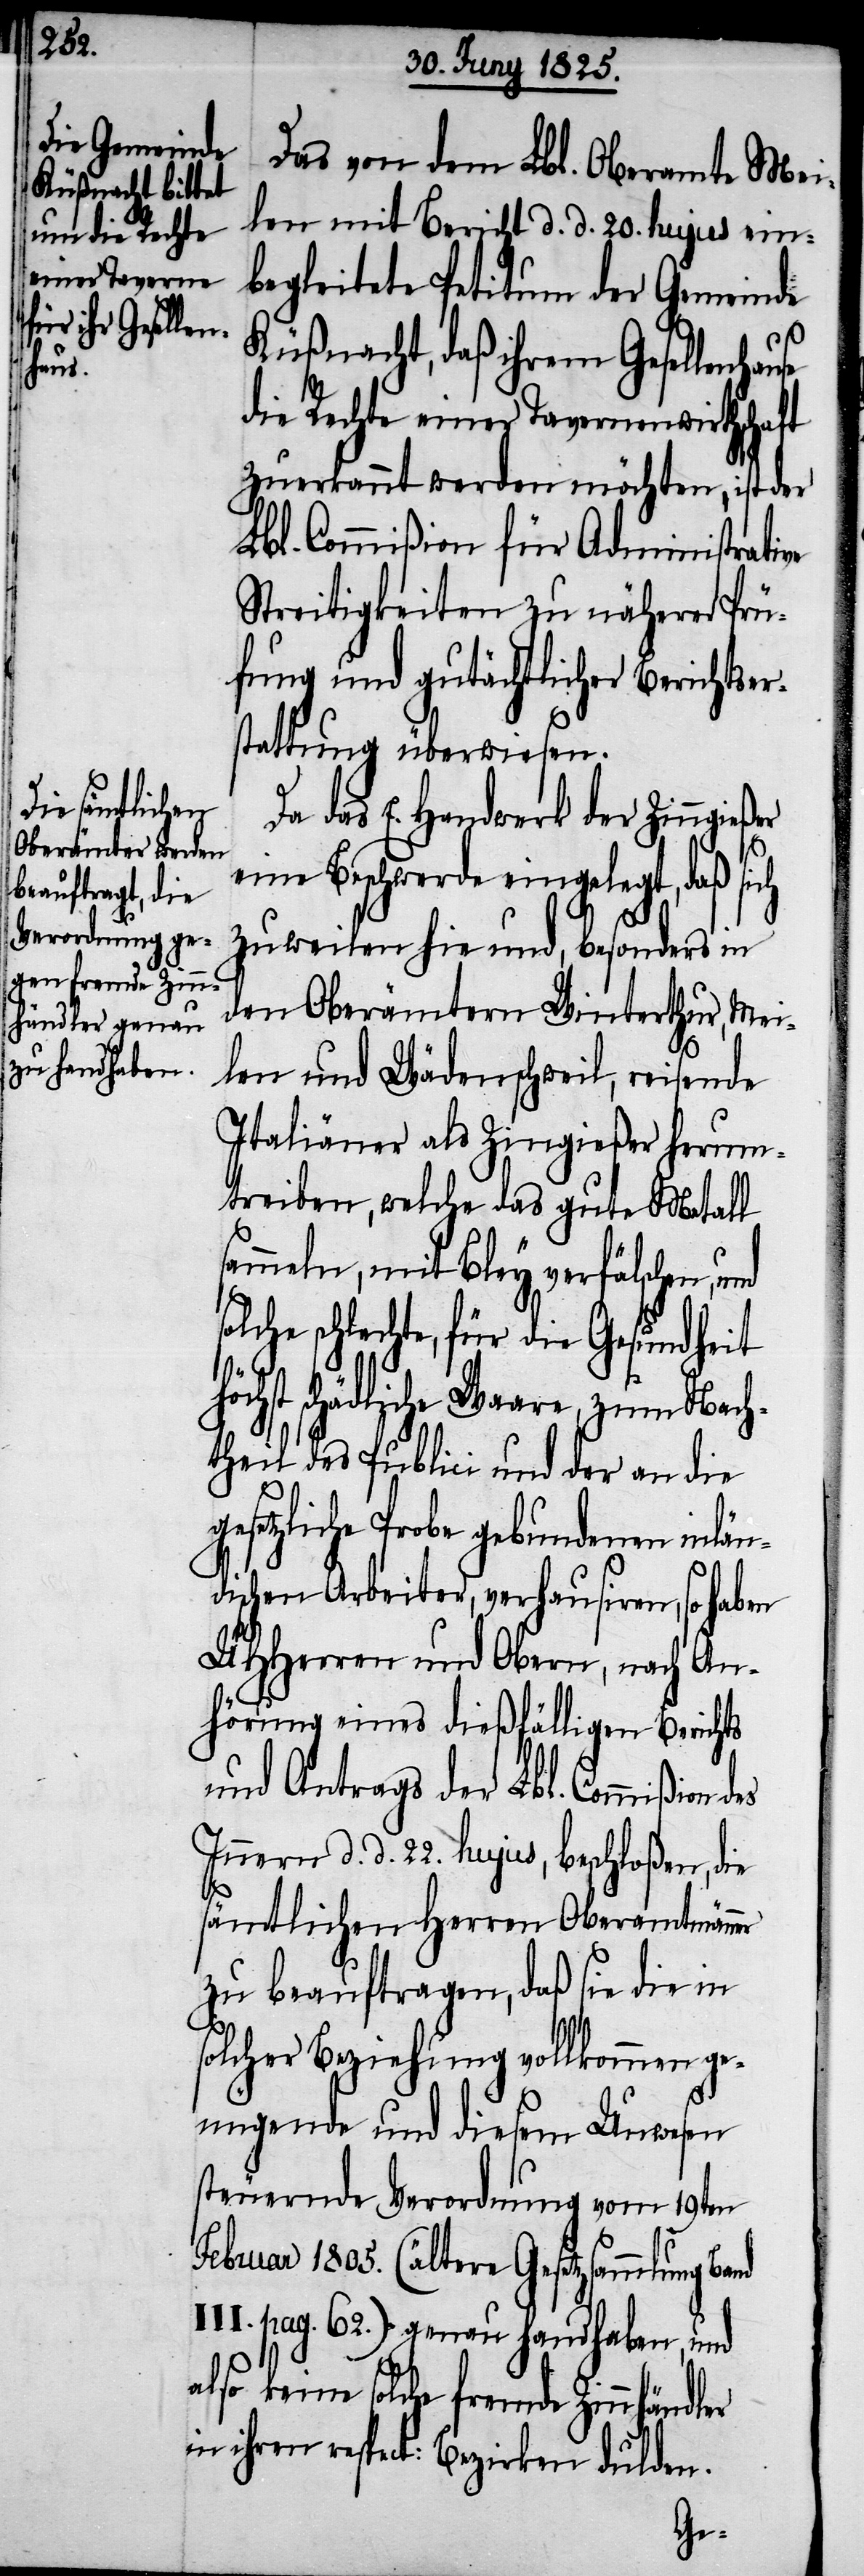
hause

Das von dem Lbl. Oberamte Mei¬
len mit Bericht d. d. 20. hujus ein¬
begleitete Petitum der Gemeinde
Küßnacht, daß ihrem Gesellen¬
die Rechte einer Tavernenwirthschaft
zuerkannt werden möchten, ist der
Lbl. Commißion für Administrative
Streitigkeiten zu näherer Prü¬
fung und gutächtlicher Berichtser¬
stattung überwiesen.
Da das E. Handwerk der Zinngie¬
eine Beschwerde eingelegt, daß sich
zuweilen hie und [da], besonders in
den Oberämtern Winterthur, Mei¬
len und Wädenschweil, reisende
Italiäner als Zin[n]gießer herum¬
treiben, welche das gute Metall
ammeln, mit Bley verfälschen,
schlechte, für die Gesundheit
öchst schädliche Waare, zum Nach¬
theil des Publicii und der an die
setzliche Probe gebundenen inlän¬
dischen Arbeiter, verhausiren, so haben
UHHerren und Obern, nach An¬
hörung eines dießfälligen Berichts
und Antrags der Lbl. Commißion
Innern d. d. 22. hujus, beschloßen, die
sämtlichen Herren Oberamtmänner
zu beauftragen, daß sie die in
solcher Beziehung vollkommen ge¬
nügende und diesem Unwesen
steuernde Verordnung vom 19ten
Februar 1805. (ältere Gesetzsammlung Band
III. pag. 62.) genau handhaben, und
also keine solche fremde Zinnhän¬
in ihren respect: Bezirken dulden.
dler